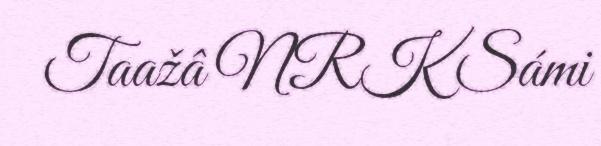
Taažâ NRK Sámi